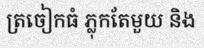
ត្រចៀកធំ ភ្លុកតែមួយ និង